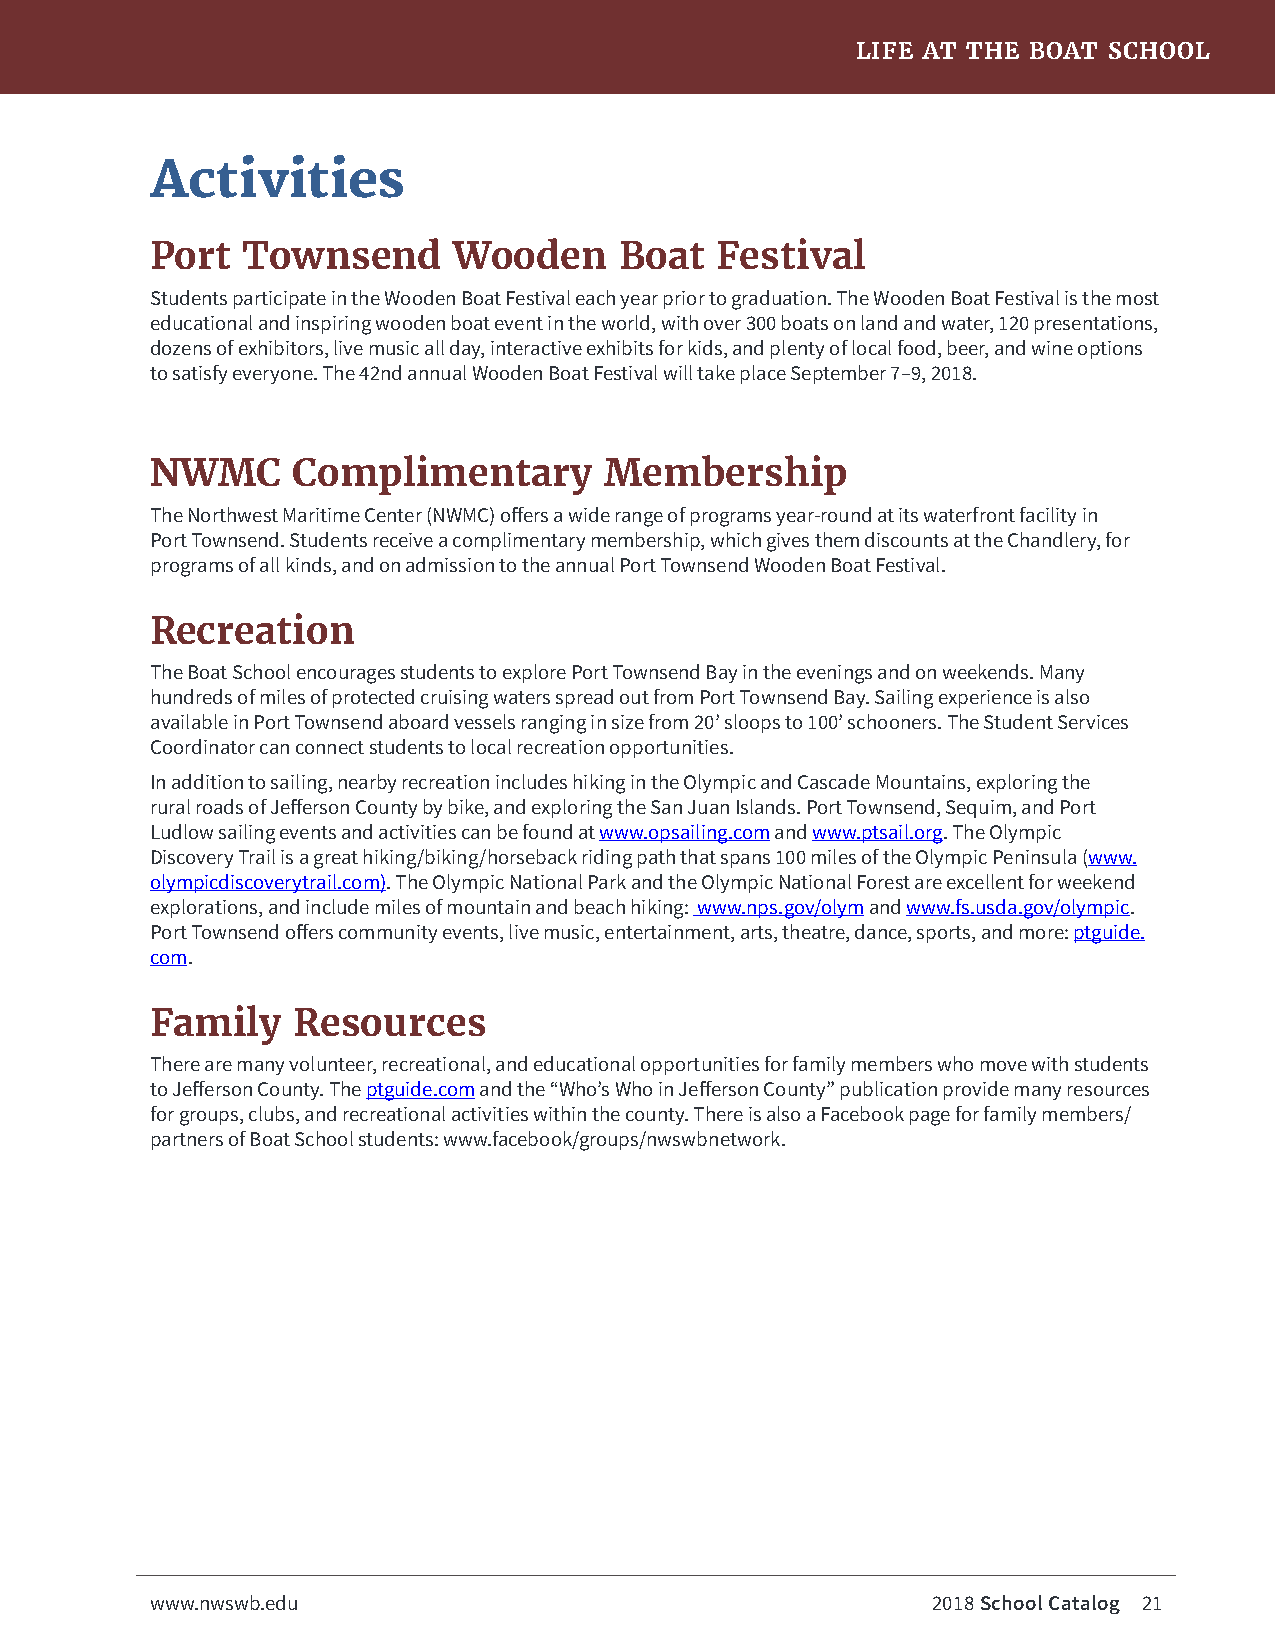
LIFE AT THE BOAT SCHOOL
 Activities
 Port  Townsend      Wooden     Boat  Festival
 Students participate in the Wooden Boat Festival each year prior to graduation. The Wooden Boat Festival is the most
 educational and inspiring wooden boat event in the world, with over 300 boats on land and water, 120 presentations,
 dozens of exhibitors, live music all day, interactive exhibits for kids, and plenty of local food, beer, and wine options
 to satisfy everyone. The 42nd annual Wooden Boat Festival will take place September 7–9, 2018.
 NWMC     Complimentary        Membership
 The Northwest Maritime Center (NWMC) offers a wide range of programs year-round at its waterfront facility in
 Port Townsend. Students receive a complimentary membership, which gives them discounts at the Chandlery, for
 programs of all kinds, and on admission to the annual Port Townsend Wooden Boat Festival.
 Recreation
 The Boat School encourages students to explore Port Townsend Bay in the evenings and on weekends. Many
 hundreds of miles of protected cruising waters spread out from Port Townsend Bay. Sailing experience is also
 available in Port Townsend aboard vessels ranging in size from 20’ sloops to 100’ schooners. The Student Services
 Coordinator can connect students to local recreation opportunities.
 In addition to sailing, nearby recreation includes hiking in the Olympic and Cascade Mountains, exploring the
 rural roads of Jefferson County by bike, and exploring the San Juan Islands. Port Townsend, Sequim, and Port
 Ludlow sailing events and activities can be found at www.opsailing.com and www.ptsail.org. The Olympic
 Discovery Trail is a great hiking/biking/horseback riding path that spans 100 miles of the Olympic Peninsula (www.
 olympicdiscoverytrail.com). The Olympic National Park and the Olympic National Forest are excellent for weekend
 explorations, and include miles of mountain and beach hiking: www.nps.gov/olym and www.fs.usda.gov/olympic.
 Port Townsend offers community events, live music, entertainment, arts, theatre, dance, sports, and more: ptguide.
 com.
 Family   Resources
 There are many volunteer, recreational, and educational opportunities for family members who move with students
 to Jefferson County. The ptguide.com and the “Who’s Who in Jefferson County” publication provide many resources
 for groups, clubs, and recreational activities within the county. There is also a Facebook page for family members/
 partners of Boat School students: www.facebook/groups/nwswbnetwork.
 www.nwswb.edu                                       2018 School Catalog 21